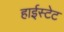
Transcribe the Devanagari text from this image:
हाईस्टेट